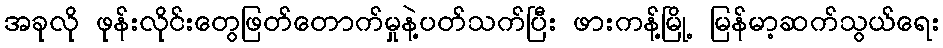
အခုလို ဖုန်းလိုင်းတွေဖြတ်တောက်မှုနဲ့ပတ်သက်ပြီး ဖားကန့်မြို့ မြန်မာ့ဆက်သွယ်ရေး